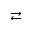
\rightleftarrows